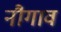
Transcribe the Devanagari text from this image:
नौगाव